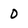
Character: 0